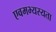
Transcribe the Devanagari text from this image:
एवमभ्यस्यता